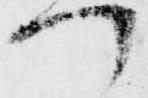
つ